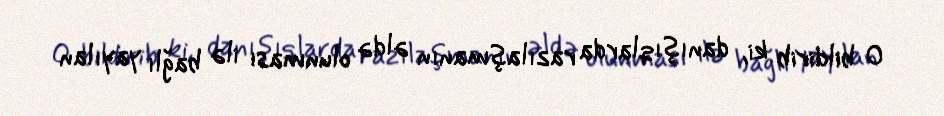
O bildirib ki, danışıqlarda razılaşmanın əldə olunması ilə bağlı yayılan